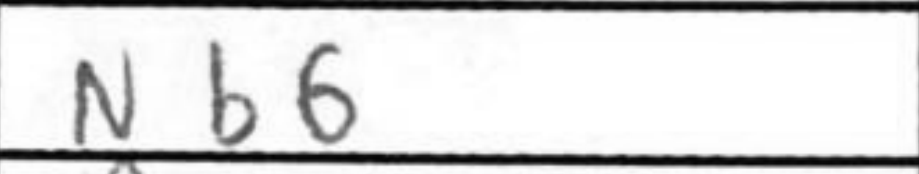
Transcription: Nb6